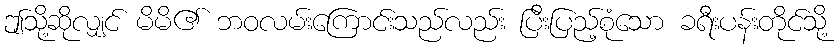
ဤသို့ဆိုလျှင် မိမိ၏ ဘဝလမ်းကြောင်းသည်လည်း ပြီးပြည့်စုံသော ခရီးပန်းတိုင်သို့